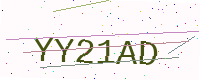
Text: YY21AD